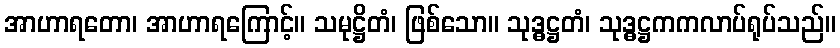
အာဟာရတော၊ အာဟာရကြောင့်။ သမုဋ္ဌိတံ၊ ဖြစ်သော။ သုဒ္ဓဋ္ဌတံ၊ သုဒ္ဓဋ္ဌကကလာပ်ရုပ်သည်။